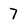
Character: 7